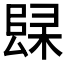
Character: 𲉚